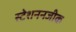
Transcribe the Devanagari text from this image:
स्टेशननजीक